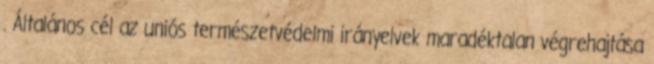
. Általános cél az uniós természetvédelmi irányelvek maradéktalan végrehajtása